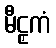
မီဠှကံ